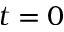
t = 0